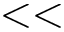
< <